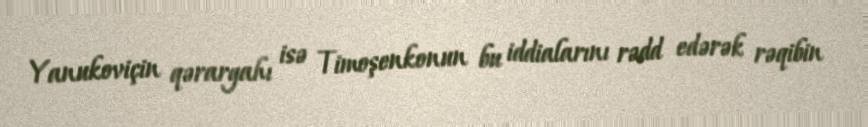
Yanukoviçin qərargahı isə Timoşenkonun bu iddialarını rədd edərək rəqibin